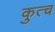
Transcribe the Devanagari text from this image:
कुत्च